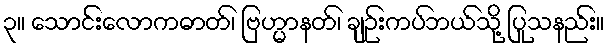
၃။ သောင်းလောကဓာတ်၊ ဗြဟ္မာနတ်၊ ချဉ်းကပ်ဘယ်သို့ ပြုသနည်း။